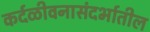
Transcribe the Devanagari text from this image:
कर्दळीवनासंदर्भातील